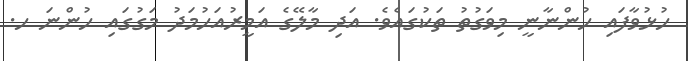
ހުޅުވާފައި ހުންނާނީ މިވަގުތު ތަކުގައެވެ. އަދި މާލޭގެ އަމީރުއަހުމަދު މަގުގައި ހުންނަ ހ.